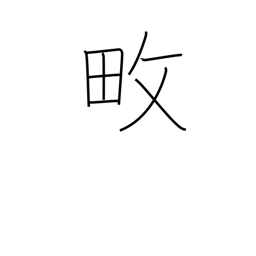
Meaning: cultivate